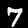
Digit: 7